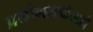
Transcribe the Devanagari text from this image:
प्रयोगशाळेसाठी